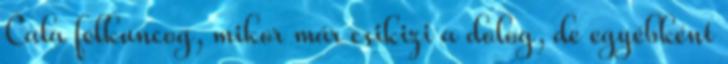
Cala felkuncog, mikor már csikizi a dolog, de egyébként